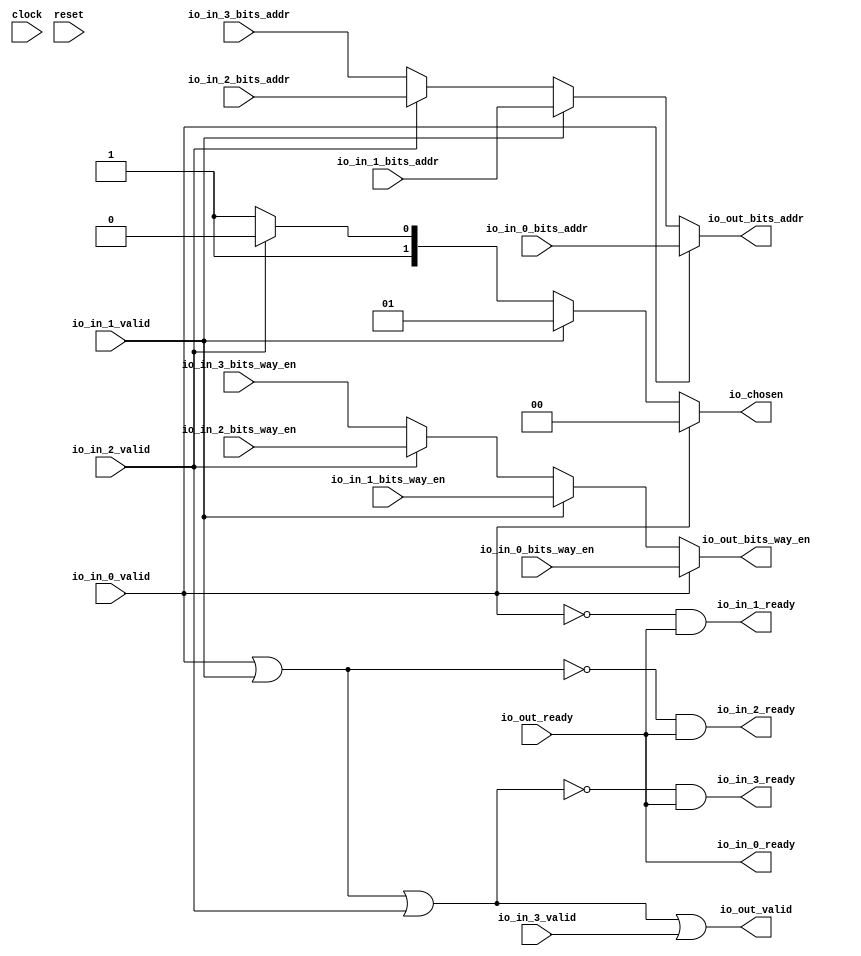
module Arbiter_9(
  input   clock,
  input   reset,
  output  io_in_0_ready,
  input   io_in_0_valid,
  input  [3:0] io_in_0_bits_way_en,
  input  [11:0] io_in_0_bits_addr,
  output  io_in_1_ready,
  input   io_in_1_valid,
  input  [3:0] io_in_1_bits_way_en,
  input  [11:0] io_in_1_bits_addr,
  output  io_in_2_ready,
  input   io_in_2_valid,
  input  [3:0] io_in_2_bits_way_en,
  input  [11:0] io_in_2_bits_addr,
  output  io_in_3_ready,
  input   io_in_3_valid,
  input  [3:0] io_in_3_bits_way_en,
  input  [11:0] io_in_3_bits_addr,
  input   io_out_ready,
  output  io_out_valid,
  output [3:0] io_out_bits_way_en,
  output [11:0] io_out_bits_addr,
  output [1:0] io_chosen
);
  wire [1:0] _GEN_0;
  wire [3:0] _GEN_1;
  wire [11:0] _GEN_2;
  wire [1:0] _GEN_3;
  wire [3:0] _GEN_4;
  wire [11:0] _GEN_5;
  wire [1:0] _GEN_6;
  wire [3:0] _GEN_7;
  wire [11:0] _GEN_8;
  wire  _T_135;
  wire  _T_136;
  wire  _T_138;
  wire  _T_140;
  wire  _T_142;
  wire  _T_144;
  wire  _T_145;
  wire  _T_146;
  wire  _T_148;
  wire  _T_149;
  assign io_in_0_ready = io_out_ready;
  assign io_in_1_ready = _T_144;
  assign io_in_2_ready = _T_145;
  assign io_in_3_ready = _T_146;
  assign io_out_valid = _T_149;
  assign io_out_bits_way_en = _GEN_7;
  assign io_out_bits_addr = _GEN_8;
  assign io_chosen = _GEN_6;
  assign _GEN_0 = io_in_2_valid ? 2'h2 : 2'h3;
  assign _GEN_1 = io_in_2_valid ? io_in_2_bits_way_en : io_in_3_bits_way_en;
  assign _GEN_2 = io_in_2_valid ? io_in_2_bits_addr : io_in_3_bits_addr;
  assign _GEN_3 = io_in_1_valid ? 2'h1 : _GEN_0;
  assign _GEN_4 = io_in_1_valid ? io_in_1_bits_way_en : _GEN_1;
  assign _GEN_5 = io_in_1_valid ? io_in_1_bits_addr : _GEN_2;
  assign _GEN_6 = io_in_0_valid ? 2'h0 : _GEN_3;
  assign _GEN_7 = io_in_0_valid ? io_in_0_bits_way_en : _GEN_4;
  assign _GEN_8 = io_in_0_valid ? io_in_0_bits_addr : _GEN_5;
  assign _T_135 = io_in_0_valid | io_in_1_valid;
  assign _T_136 = _T_135 | io_in_2_valid;
  assign _T_138 = io_in_0_valid == 1'h0;
  assign _T_140 = _T_135 == 1'h0;
  assign _T_142 = _T_136 == 1'h0;
  assign _T_144 = _T_138 & io_out_ready;
  assign _T_145 = _T_140 & io_out_ready;
  assign _T_146 = _T_142 & io_out_ready;
  assign _T_148 = _T_142 == 1'h0;
  assign _T_149 = _T_148 | io_in_3_valid;
endmodule